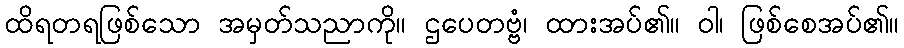
ထိရတရဖြစ်သော အမှတ်သညာကို။ ဌပေတဗ္ဗံ၊ ထားအပ်၏။ ဝါ၊ ဖြစ်စေအပ်၏။